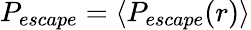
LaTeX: P_{escape}=\langle P_{escape}(r)\rangle